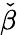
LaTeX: \check{\beta}